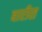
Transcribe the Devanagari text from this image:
बारीस